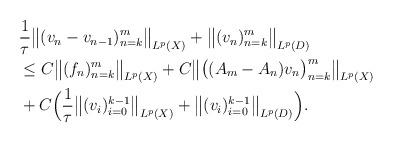
LaTeX: \begin{align*} \begin{aligned}&\frac{1}{\tau}\big\|(v_n-v_{n-1} )_{n=k}^m \big\|_{ L^p(X)} + \big\|(v_n )_{n=k}^m \big\|_{ L^p(D)} \\&\le C\big\|(f_n)_{n=k}^m \big\|_{ L^p(X)} +C\big\|\big ( (A_m - A_n) v_n \big )_{n=k}^m \big\|_{ L^p(X)} \\&+C\Big( \frac{1}{\tau}\big\|(v_i)_{i=0}^{k-1}\big\|_{ L^p(X)} + \big\|(v_i )_{i=0}^{k-1}\big\|_{ L^p(D)} \Big). \end{aligned}\end{align*}